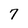
Character: 7